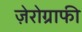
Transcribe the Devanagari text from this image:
ज़ेरोग्राफी